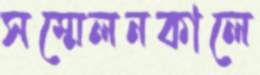
সম্মেলনকালে